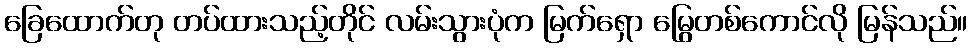
ခြေထောက်တု တပ်ထားသည့်တိုင် လမ်းသွားပုံက မြက်ရှော မြွေတစ်ကောင်လို မြန်သည်။